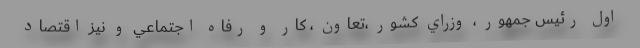
اول رئيس جمهور ، وزراي كشور ،‌تعاون ، كار و رفاه اجتماعي و نيز اقتصاد